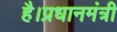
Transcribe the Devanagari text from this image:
है।प्रधानमंत्री